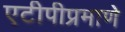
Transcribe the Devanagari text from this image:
एटीपीप्रमाणे